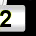
Digit: 2